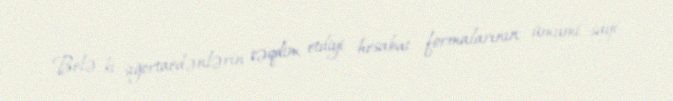
Belə ki, sığortaedənlərin təqdim etdiyi hesabat formalarının ümumi sayı